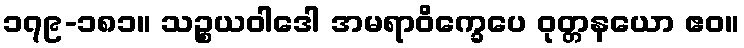
၁၇၉-၁၈၁။ သဉ္စယဝါဒေါ အမရာဝိက္ခေပေ ဝုတ္တနယော ဧဝ။